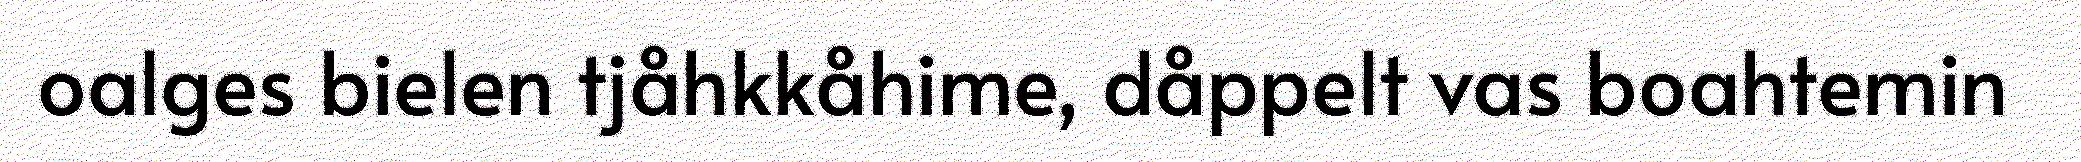
oalges bielen tjåhkkåhime, dåppelt vas boahtemin